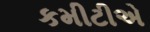
કમીટીએ